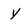
Character: Y